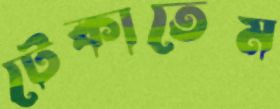
টেকাতেম